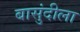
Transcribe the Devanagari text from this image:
बासुंदीला